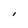
Character: I